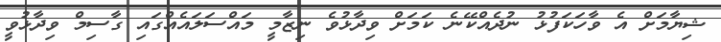
ޝިޔާމަށް އެ ވާހަކަފުޅު ނުދެއްކޭނެ ކަމަށް ވިދާޅުވެ ނިޒާމީ މައްސަލައެއްގައި ގާސިމް ވިދާޅުވީ